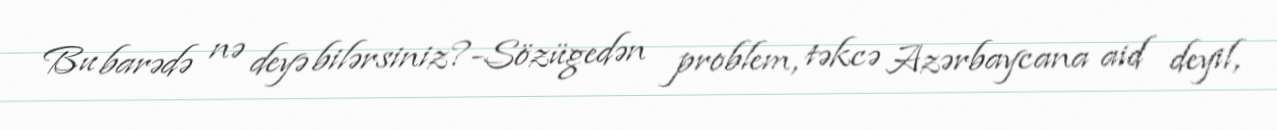
Bu barədə nə deyə bilərsiniz?-Sözügedən problem, təkcə Azərbaycana aid deyil,